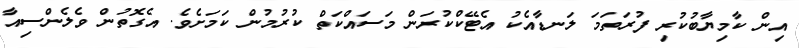
އިން ކާމިޔާބުކުރި ފުރަތަމަ ލަނޑާއެކު އެޓޭކްކުރަން މަސައްކަތް ކުރުމުން ކަމަށެވެ. އެގޮތުން ވެލެންސިއާ